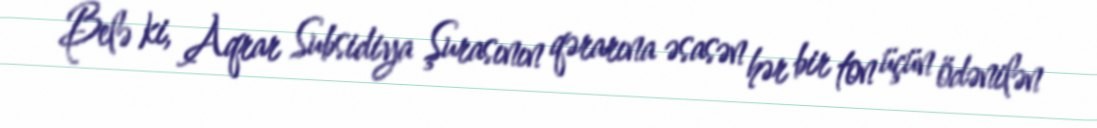
Belə ki, Aqrar Subsidiya Şurasının qərarına əsasən hər bir ton üçün ödənilən